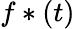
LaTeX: f*(t)